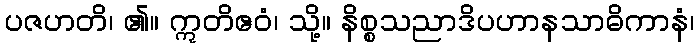
ပဇဟတိ၊ ၏။ ဣတိဧဝံ၊ သို့။ နိစ္စသညာဒိပဟာနသာဓိကာနံ၊